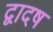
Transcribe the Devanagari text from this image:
द्वादष